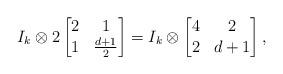
LaTeX: \begin{align*}I_k\otimes2\begin{bmatrix}2&1\\1&\frac{d+1}{2}\end{bmatrix}=I_k\otimes\begin{bmatrix}4&2\\2&d+1\end{bmatrix},\end{align*}